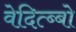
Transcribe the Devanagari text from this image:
वेदित्ब्बो